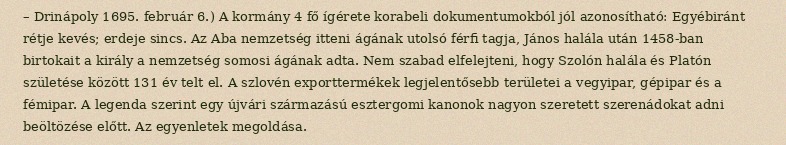
– Drinápoly 1695. február 6.) A kormány 4 fő ígérete korabeli dokumentumokból jól azonosítható: Egyébiránt rétje kevés; erdeje sincs. Az Aba nemzetség itteni ágának utolsó férfi tagja, János halála után 1458-ban birtokait a király a nemzetség somosi ágának adta. Nem szabad elfelejteni, hogy Szolón halála és Platón születése között 131 év telt el. A szlovén exporttermékek legjelentősebb területei a vegyipar, gépipar és a fémipar. A legenda szerint egy újvári származású esztergomi kanonok nagyon szeretett szerenádokat adni beöltözése előtt. Az egyenletek megoldása.